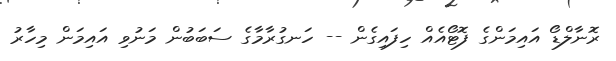
ރޮނާލްޑޯ އައިމަންގެ ފޮޓޯއެއް ހިފައިގެން -- ހަނގުރާމާގެ ސަބަބުން މަނުވި އައިމަން މިހާރު